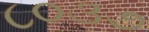
૮૦૩૭